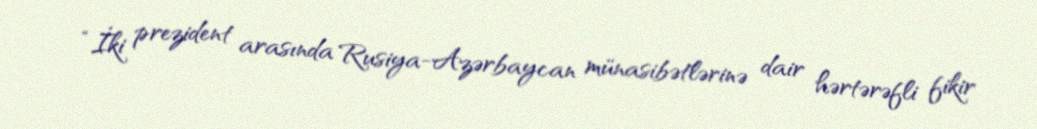
“İki prezident arasında Rusiya-Azərbaycan münasibətlərinə dair hərtərəfli fikir